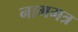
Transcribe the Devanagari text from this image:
नाममत्र